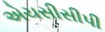
એચસીસીપી